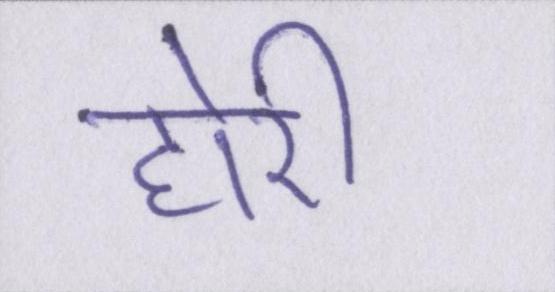
होरी